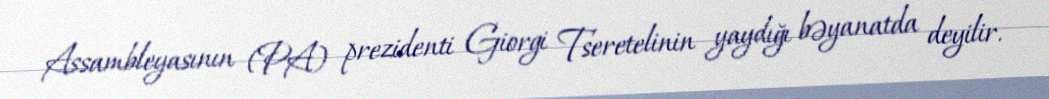
Assambleyasının (PA) prezidenti Giorgi Tseretelinin yaydığı bəyanatda deyilir.